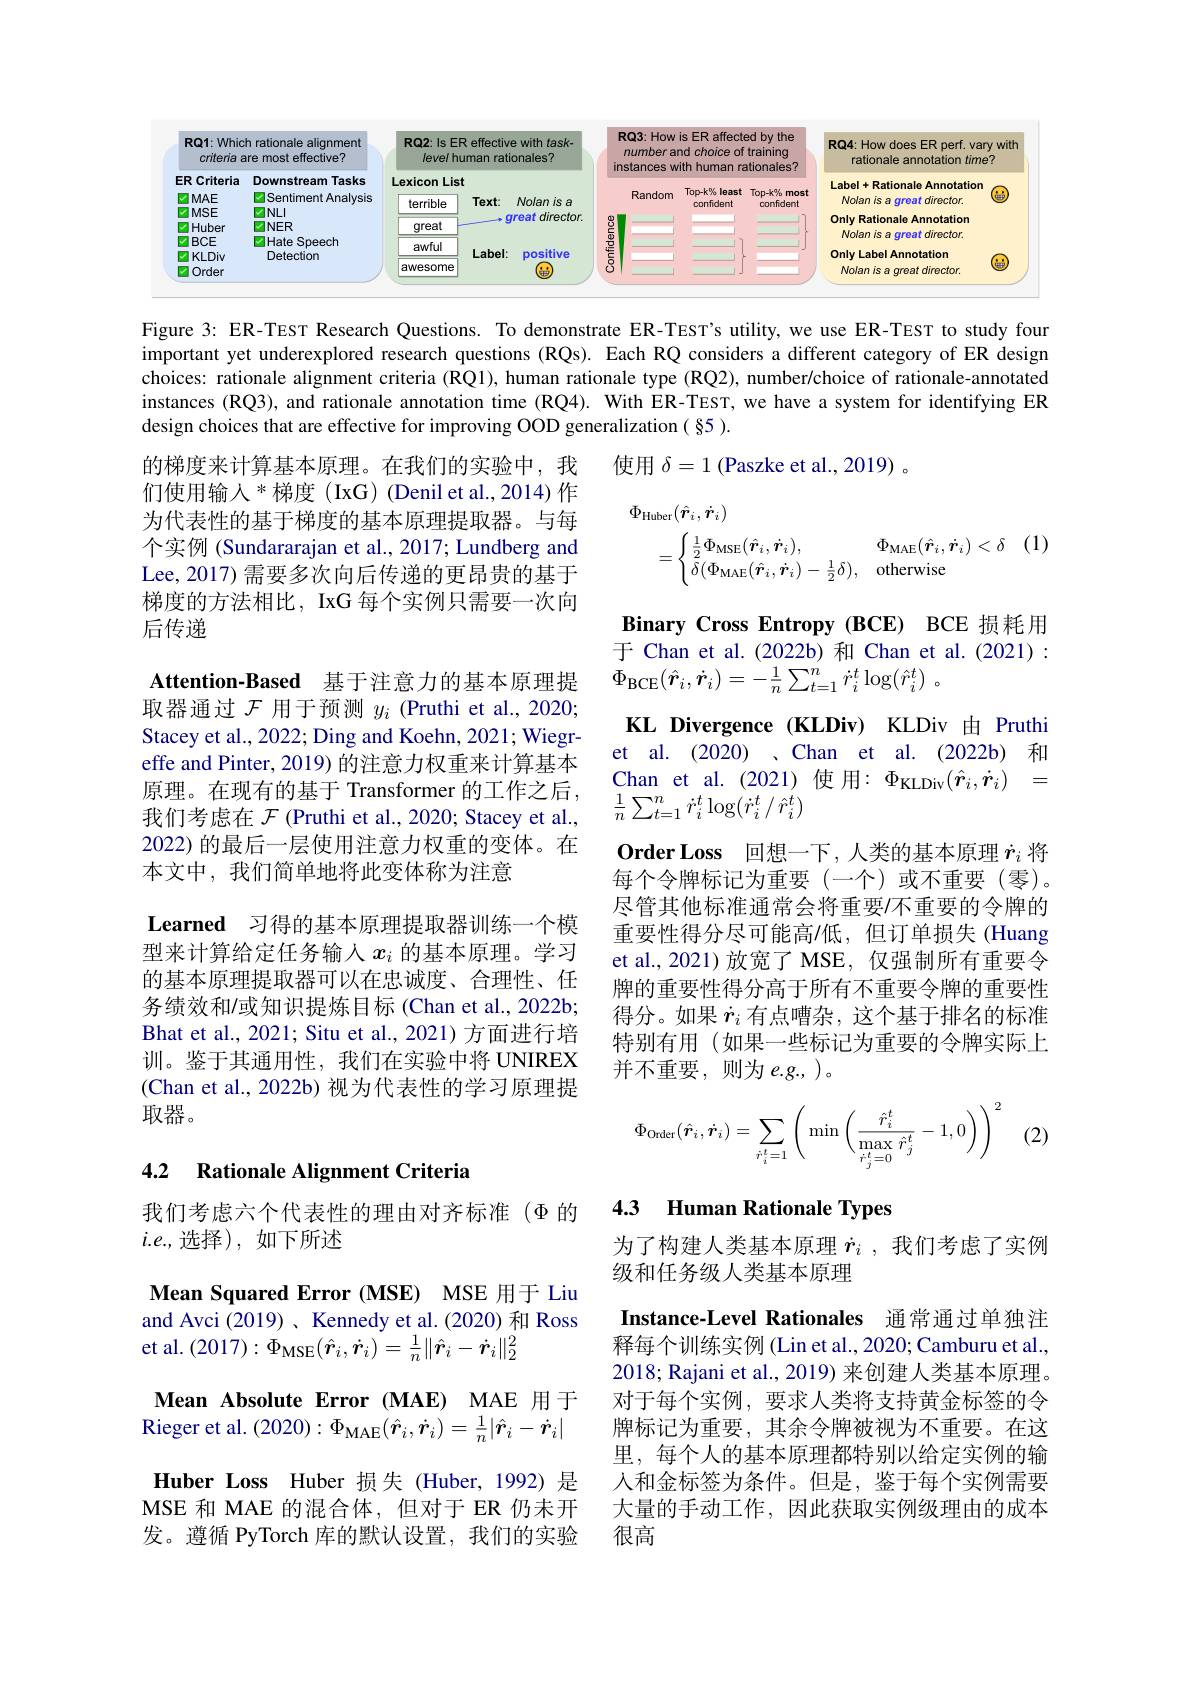
<FigureHere>

Figure 3: ER-TEST Research Questions. To demonstrate ER-TEST's utility, we use ER-TEST to study four important yet underexplored research questions (RQs). Each RQ considers a different category of ER design choices: rationale alignment criteria (RQ1), human rationale type (RQ2), number/choice of rationale-annotated instances (RQ3), and rationale annotation time (RQ4). With ER-TEST, we have a system for identifying ER design choices that are effective for improving OOD generalization ( §5 ).

使用$\delta=1$ (Paszke et al., 2019) 。
$$\begin{aligned}&\Phi_{\mathrm{Huber}}(\hat{\boldsymbol{r}}_{i},\dot{\boldsymbol{r}}_{i})\\&=\begin{cases}\frac{1}{2}\Phi_{\mathrm{MSE}}(\hat{\boldsymbol{r}}_{i},\dot{\boldsymbol{r}}_{i}),&\Phi_{\mathrm{MAE}}(\hat{\boldsymbol{r}}_{i},\dot{\boldsymbol{r}}_{i})<\delta\\\delta(\Phi_{\mathrm{MAE}}(\hat{\boldsymbol{r}}_{i},\dot{\boldsymbol{r}}_{i})-\frac{1}{2}\delta),&\mathrm{otherwise}\end{cases}(1)\end{aligned}$$
的梯度来计算基本原理。在我们的实验中，我们使用输入$^*$梯度(IxG)(Denil et al.,2014)作为代表性的基于梯度的基本原理提取器。与每个实例 (Sundararajan et al., 2017; Lundberg and Lee, 2017) 需要多次向后传递的更昂贵的基于梯度的方法相比，IxG 每个实例只需要一次向后传递

Binary Cross Entropy(BCE) BCE 损耗用于 Chan et al.(2022b) 和 Chan et al.(2021): $\Phi _{\mathrm{BCE}}( \hat{r} _{i}, \dot{r} _{i}) = - \frac 1n\sum _{t= 1}^{n}\dot{r} _{i}^{t}\log ( \hat{r} _{i}^{t})$ 。

Attention-Based 基于注意力的基本原理提取器通过$\mathcal{F}$用于预测$y_i$ (Pruthi et al.,2020; Stacey et al., 2022; Ding and Koehn, 2021; Wiegreffe and Pinter, 2019) 的注意力权重来计算基本原理。在现有的基于 Transformer 的工作之后， 我们考虑在$\mathcal{F}$ (Pruthi et al., 2020; Stacey et al., 2022) 的最后一层使用注意力权重的变体。在本文中，我们简单地将此变体称为注意
Learned 习得的基本原理提取器训练一个模型来计算给定任务输入$x_i$的基本原理。学习的基本原理提取器可以在忠诚度、合理性、任务绩效和/或知识提炼目标 (Chan et al., 2022b; Bhat et al., 2021; Situ et al., 2021) 方面进行培训。鉴于其通用性，我们在实验中将 UNIREX (Chan et al., 2022b) 视为代表性的学习原理提取器。

KL Divergence(KLDiv) KLDiv 由 Pruthi et al. (2020) 、Chan et al. (2022b) 和Chan et al.(2021)使用：$\Phi_\mathrm{KLDiv}(\hat{\boldsymbol{r}}_i,\dot{\boldsymbol{r}}_i)=$ $\frac{1}{n}\sum_{t=1}^{n}\dot{r}_{i}^{t}\log(\dot{r}_{i}^{t}/\hat{r}_{i}^{t})$
$\textbf{Order Loss 回 想 一 下 , 人 类 的 基 本 原 理 }\dot{r} _i$将每个令牌标记为重要(一个)或不重要(零)。尽管其他标准通常会将重要/不重要的令牌的重要性得分尽可能高/低，但订单损失(Huang et al., 2021) 放宽了 MSE, 仅强制所有重要令牌的重要性得分高于所有不重要令牌的重要性得分。如果$\dot{r}_i$有点嘈杂，这个基于排名的标准特别有用(如果一些标记为重要的令牌实际上并不重要，则为 e.g., )。
$$\Phi_{\mathrm{Order}}(\hat{\boldsymbol{r}}_i,\dot{\boldsymbol{r}}_i)=\sum_{\dot{r}_i^t=1}\left(\min\left(\frac{\hat{r}_i^t}{\max\limits_{\dot{r}_j^t=0}\hat{r}_j^t}-1,0\right)\right)^2$$
(2

### 4.2 $\textbf{Rationale Alignment Criteria}$

## 4.3 Human Rationale Types

我们考虑六个代表性的理由对齐标准($\Phi$的
$i.e.$,选择),如下所述

为了构建人类基本原理$\dot{r}_i$ ,我们考虑了实例
级和任务级人类基本原理
Instance-Level Rationales 通常通过单独注释每个训练实例 (Lin et al., 2020; Camburu et al., 2018; Rajani et al., 2019) 来创建人类基本原理。对于每个实例，要求人类将支持黄金标签的令牌标记为重要，其余令牌被视为不重要。在这里，每个人的基本原理都特别以给定实例的输人和金标签为条件。但是，鉴于每个实例需要大量的手动工作，因此获取实例级理由的成本很高

Mean Squared Error (MSE) MSE 用于 Liu and Avci (2019)、Kennedy et al.(2020) 和 Ross et al. (2017): $\Phi_{\mathrm{MSE}}(\hat{\boldsymbol{r}}_{i},\dot{\boldsymbol{r}}_{i})=\frac{1}{n}\|\hat{\boldsymbol{r}}_{i}-\dot{\boldsymbol{r}}_{i}\|_{2}^{2}$
Mean Absolute Error (MAE) MAE 用于Rieger et al. $(2020):\Phi_\mathrm{MAE}(\hat{\boldsymbol{r}}_i,\dot{\boldsymbol{r}}_i)=\frac1n|\hat{\boldsymbol{r}}_i-\dot{\boldsymbol{r}}_i|$ Huber Loss Huber 损失(Huber,1992)是MSE 和 MAE 的混合体，但对于 ER 仍未开发。遵循 PyTorch 库的默认设置，我们的实验